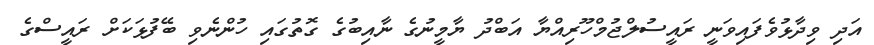
އަދި ވިދާޅުވެފައިވަނީ ރައީސުލްޖުމްހޫރިއްޔާ އަބްދު ޔާމީނުގެ ނާއިބުގެ ގޮތުގައި ހުންނެވި ބޭފުޅަކަށް ރައީސްގެ